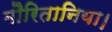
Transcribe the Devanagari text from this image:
मौरितानिया।